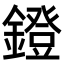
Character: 鐙